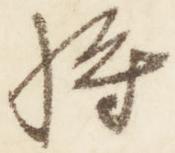
将